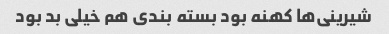
شیرینی‌ها کهنه بود بسته بندی هم خیلی بد بود